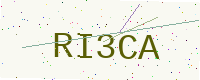
Text: RI3CA